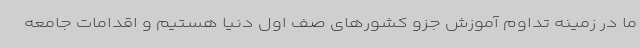
ما در زمینه تداوم آموزش جزو کشورهای صف اول دنیا هستیم و اقدامات جامعه